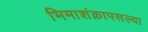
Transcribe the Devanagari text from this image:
भिमाशंक्रापसल्या